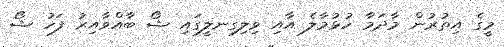
މީގެ އިތުރުން މާދަމާ ހުޅުމާލެ އާއި ވިލިގިނލީގައި ޝޯ ބާއްވާއިރު ފަހު ޝޯ